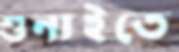
শুনাইতে